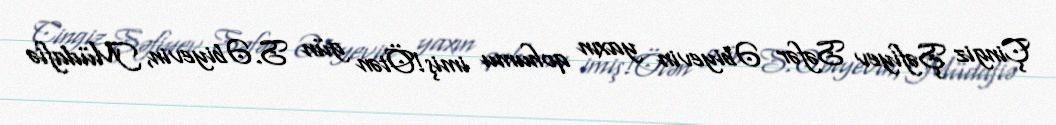
Çingiz Şəfiyev Səfər Əbiyevin yaxın qohumu imiş!Ötən gün S.Əbiyevin, Müdafiə